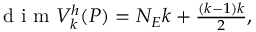
\begin{array} { r } { \textrm { d i m } V _ { k } ^ { h } ( { P } ) = N _ { { E } } k + \frac { ( k - 1 ) k } { 2 } , } \end{array}